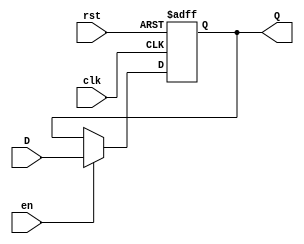
`timescale 1ns / 1ps
module y_reg(
    input clk, rst, en,
    input [3:0] D,
    output reg [3:0] Q
    //output reg zFlag
    );
always @(posedge clk, posedge rst) begin
    if (rst)     Q <= 0;  // reset (load 0)
    else if (en) Q <= D;  // Set
    else         Q <= Q;  // Hold
end

// always @(Q) begin
//     if (Q == 0) zFlag = 1;
//     else        zFlag = 0; 
// end
endmodule